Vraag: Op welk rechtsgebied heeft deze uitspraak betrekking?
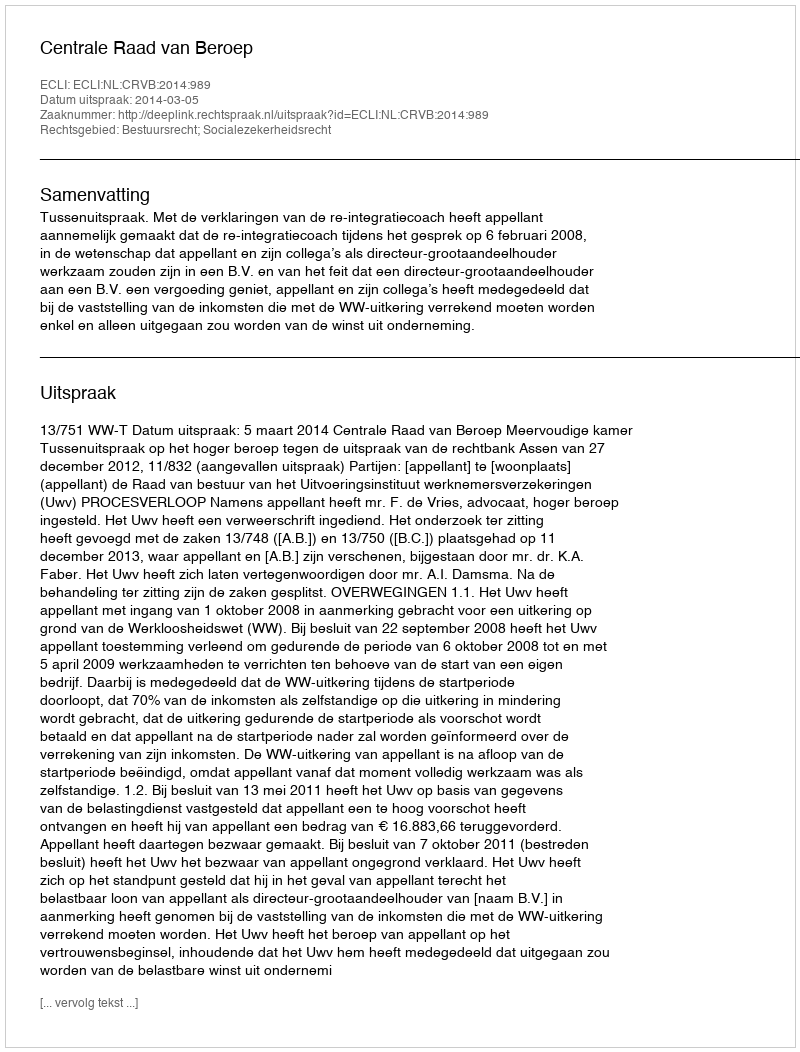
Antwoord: Bestuursrecht; Socialezekerheidsrecht